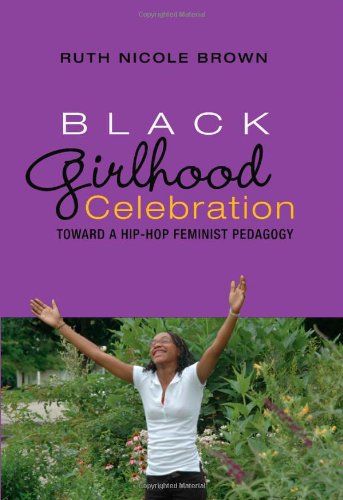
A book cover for Black Girlhood Celebration: Toward a Hip-Hop Feminist Pedagogy (Mediated Youth); Ruth Nicole Brown; Gay & Lesbian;